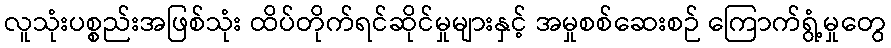
လူသုံးပစ္စည်းအဖြစ်သုံး ထိပ်တိုက်ရင်ဆိုင်မှုများနှင့် အမှုစစ်ဆေးစဉ် ကြောက်ရွံ့မှုတွေ